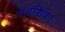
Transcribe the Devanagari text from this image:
संदशिका